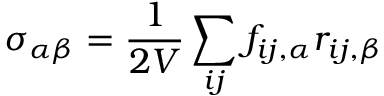
\sigma _ { \alpha \beta } = \frac { 1 } { 2 V } \sum _ { i j } ^ { } f _ { i j , \alpha } r _ { i j , \beta }